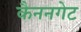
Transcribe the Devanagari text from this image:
कैननगेट